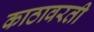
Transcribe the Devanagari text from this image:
काठावरती